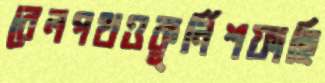
রেলপথওকুর্নিশফাহি